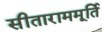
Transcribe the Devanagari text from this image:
सीताराममूर्ति